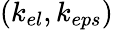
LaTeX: (k_{el},k_{eps})